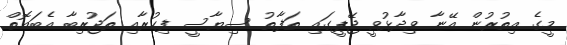
މީގެ އިތުރުން އޭނާ ވިދާޅުވީ ޖޭޕީގައި ތަފާތު ސިޔާސީ ފިކުރާއި ތަޖުރިބާ އެބައޮތް